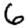
Digit: 6